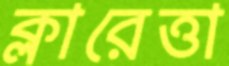
ক্লারেত্তা